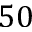
5 0